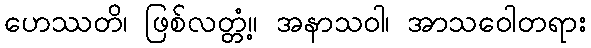
ဟေဿတိ၊ ဖြစ်လတ္တံ့။ အနာသဝါ၊ အာသဝေါတရား